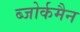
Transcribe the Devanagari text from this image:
ब्जोर्कमैन